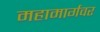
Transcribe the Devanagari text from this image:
महामार्गवर